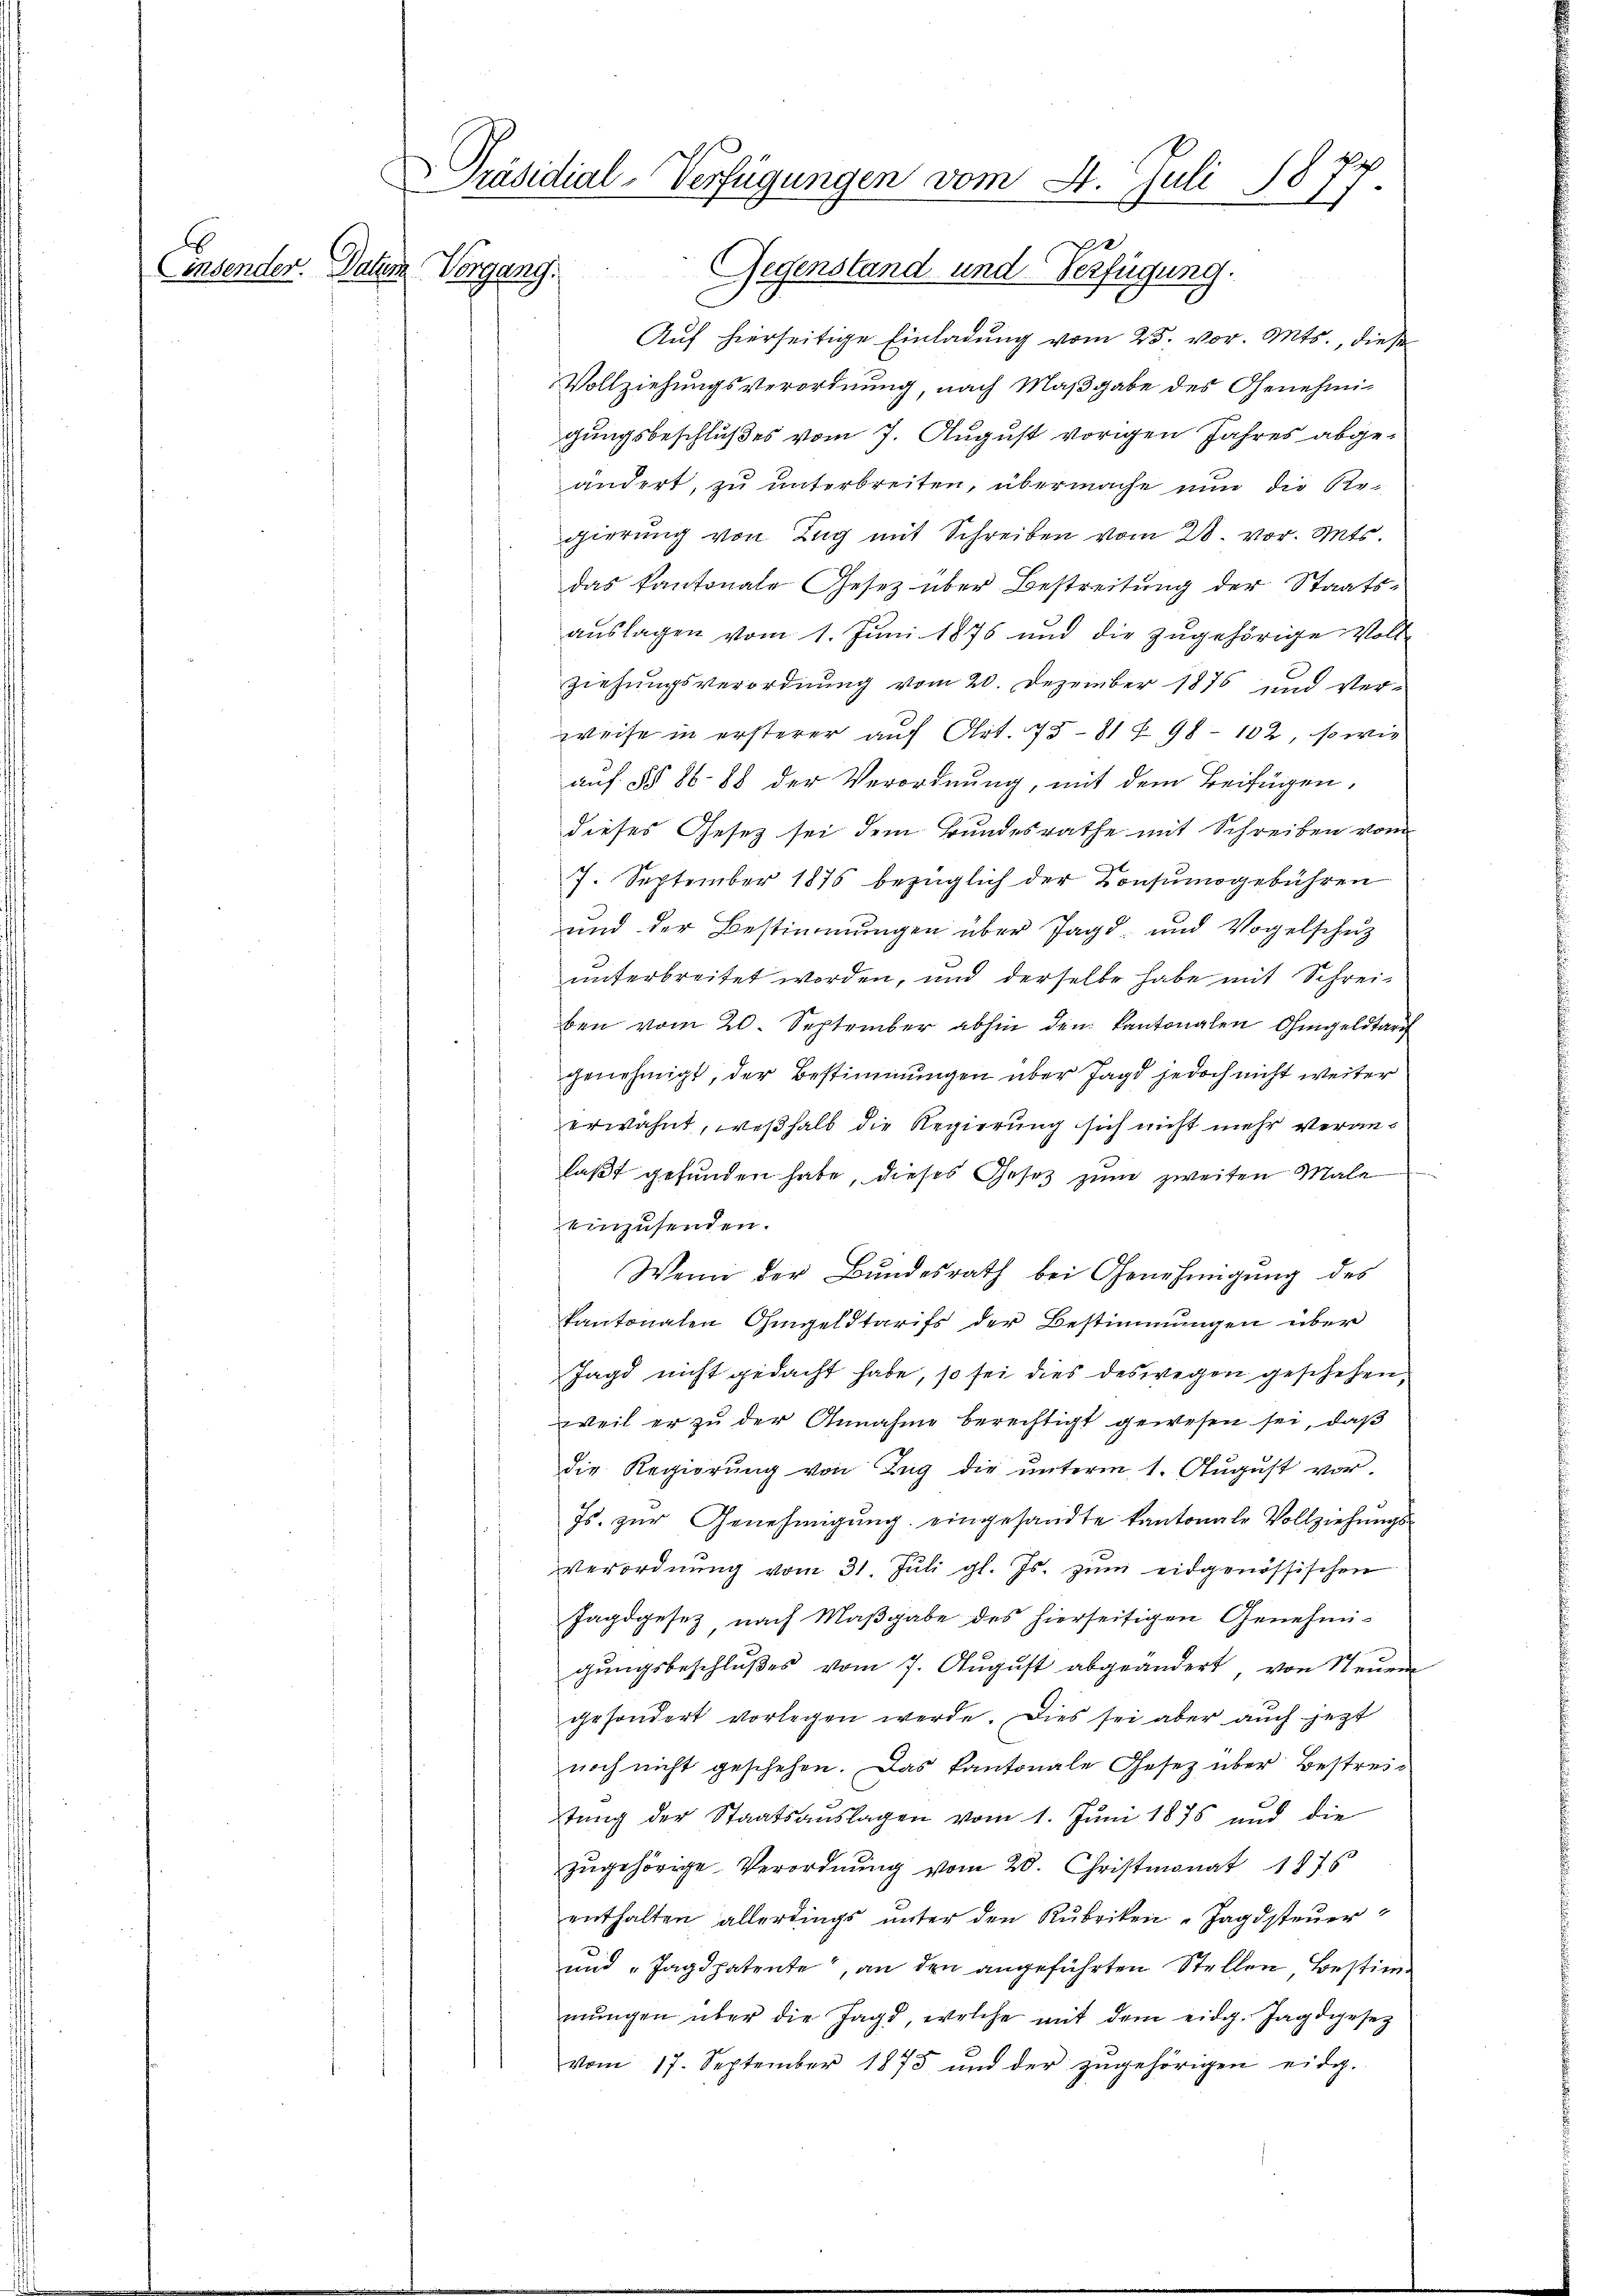
.

Präsidial-Verfügungen vom 4. Juli 1877
Einsender. Patim Vorgang.
Gegenstand und Verfügung.

Auf hierseitige Einladung vom 25. vor. Mts., diese
Vollziehungsverordnung, nach Maßgabe des Genehmigungsbeschlußes vom 7. August vorigen Jahres abgeändert, zu unterbreiten, übermache nun die Regierung von Zug mit Schreiben vom 28. vor. Mts.
das kantonale Gesetz über Bestreitung der Staats-
auslagen vom 1. Juni 1875 und die zugehörige Vollziehungsverordnung vom 20. Dezember 1876 und Verweise in ersterer auf Art. 7581 f. 98 - 102, so wie
auf §§ 86. 88 der Verordnung, mit dem Beifügen,
dieses Gesetz sei dem Bundesrathe mit Schreiben vom
7. September 1875 bezüglich der Konsumogebühren
und der Bestimmungen über Jagd- und Vogelschez
unterbreitet worden, und derselbe habe mit Schreiben vom 20. September abhin den kantonalen Ohmgeldtarif
genehmigt, der Bestimmungen über Jagd jedoch nicht weiter
erwähnt, weßhalb die Regierung sich nicht mehr veranfaßt gefunden habe, dieses Gesetz zum zweiten Male
einzusenden.
Wenn der Bundesrath bei Genehmigung des
kantonalen Ohmgeldtarifs der Bestimmungen über
Jagd nicht gedacht habe, so sei dies deswegen geschehen,
weil er zu der Annahme berechtigt gewesen sei, daß
die Regierŭng von Zŭg die unterm 1. August vor.
Js. zur Genehmigung eingesandte kantonale Vollziehungs¬
Verordnŭng vom 31. Jŭli gl. Js. zŭm eidgenössischen
Jagdgesez nach Maßgabe des hierseitigen Genehmi-
gungsbeschlußes vom 7. August abgeändert, von Steuer
gesondert vorlegen werde. Dies sei aber auch jezt
noch nicht geschehen. Das Kantonale Gesetz über Bestreistung der Staatsauslagen vom 1. Juni 1875 und die
zugehörige Verordnung vom 20. Christmonat 1875
enthalten allerdings ŭnter den Rubriken-Jagdsteŭer
und „Jagdpatente“, an den angeführten Stellen, Bestimmŭngen über die Jagd, welche mit dem eidg. Jagdgesez
vom 17. September 1875 und der zŭgehörigen eidg.